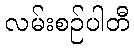
လမ်းစဉ်ပါတီ